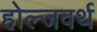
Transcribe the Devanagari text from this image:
होल्जवर्थ